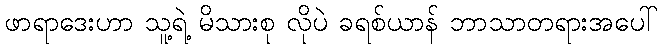
ဖာရာဒေးဟာ သူ့ရဲ့ မိသားစု လိုပဲ ခရစ်ယာန် ဘာသာတရားအပေါ်